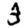
Digit: 3